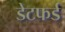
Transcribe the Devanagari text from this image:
डेटफर्ड